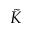
\Tilde { K }